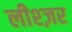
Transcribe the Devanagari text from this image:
लीश्ज़र